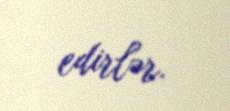
edirlər.